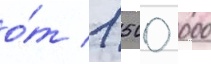
о́т 1 500 000